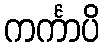
ကင်္ကာပိ